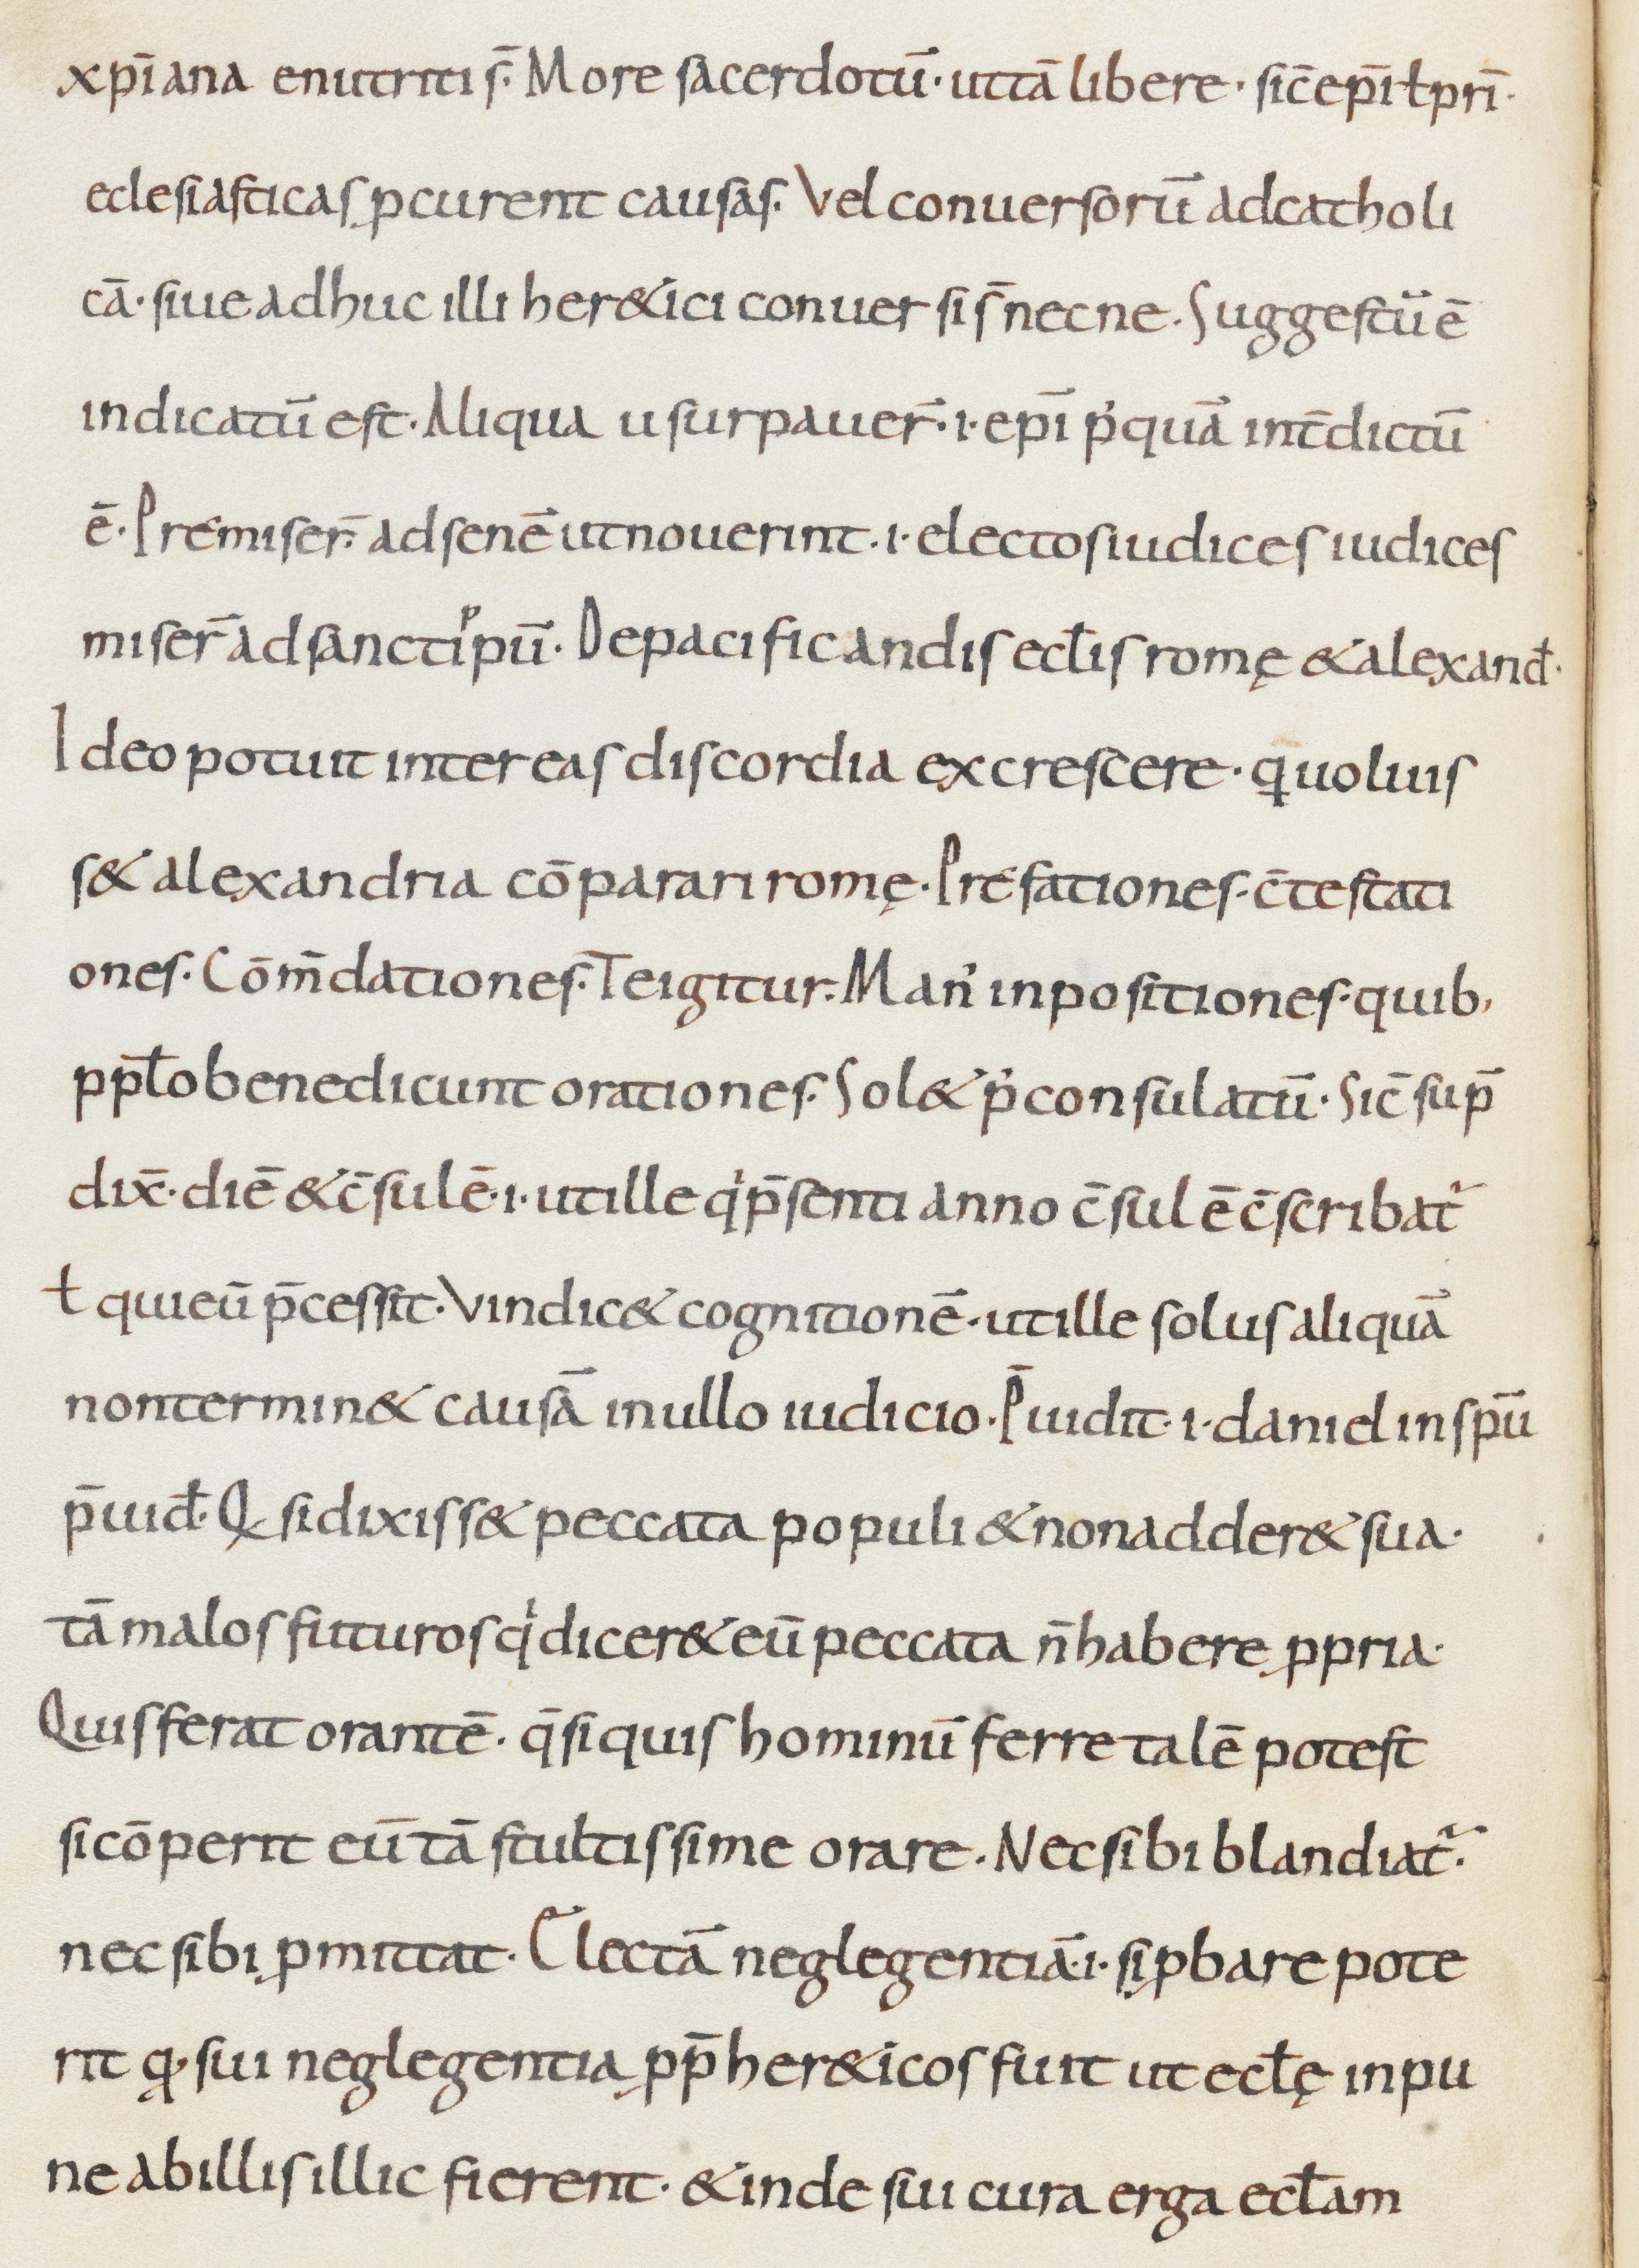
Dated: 800–999